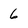
Character: 6